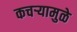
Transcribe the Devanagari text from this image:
कचर्‍यामुळे